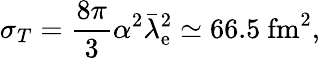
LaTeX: \sigma_{T}={\frac{8\pi}{3}}\alpha^{2}{\bar{\lambda}}_{\mathrm{e}}^{2}\simeq 66.5~{\textrm{fm}}^{2},